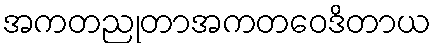
အကတညုတာအကတဝေဒိတာယ